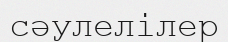
сәулелілер